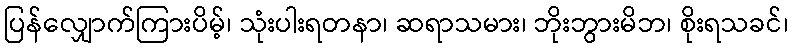
ပြန်လျှောက်ကြားပိမ့်၊ သုံးပါးရတနာ၊ ဆရာသမား၊ ဘိုးဘွားမိဘ၊ စိုးရသခင်၊